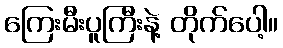
ကြေးမီးပူကြီးနဲ့ တိုက်ပေါ့။